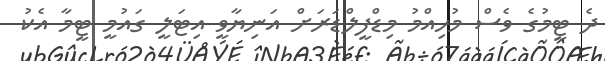
ދެ ޓީމުގެ ވެސް މުހިއްމު މިޑްފީލްޑަރަށް އަނިޔާވީ އިޓަލީ ގައުމީ ޓީމާ އެކު